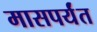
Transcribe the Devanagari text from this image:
मासपर्यंत